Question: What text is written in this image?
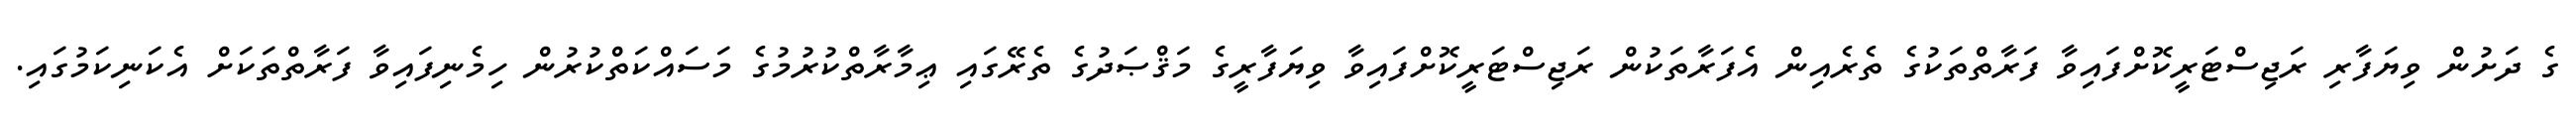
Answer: ގެ ދަށުން ވިޔަފާރި ރަޖިސްޓަރީކޮށްފައިވާ ފަރާތްތަކުގެ ތެރެއިން އެފަރާތަކުން ރަޖިސްޓަރީކޮށްފައިވާ ވިޔަފާރީގެ މަޤްޞަދުގެ ތެރޭގައި ޢިމާރާތްކުރުމުގެ މަސައްކަތްކުރުން ހިމެނިފައިވާ ފަރާތްތަކަށް އެކަނިކަމުގައި.